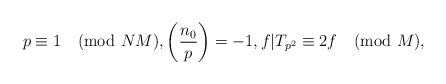
\begin{align*} p\equiv 1\pmod{NM}, \left(\frac{n_0}{p}\right)=-1, f|T_{p^2}\equiv 2f \pmod{M},\end{align*}